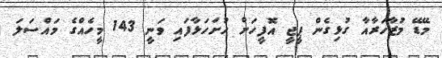
މޭޑޭ މުޒާހަރާއާ ގުޅިގެން ޕީޖީ އޮފީހަށް ހުށަހަޅާފައި ވަނީ 143 މީހެއްގެ މައްސަލަ